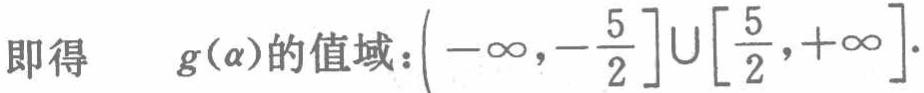
即得 \(g(\alpha)\)的值域：\(\left(-\infty,-\frac{5}{2}\right]\cup\left[\frac{5}{2},+\infty\right]\).